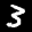
Label: 3